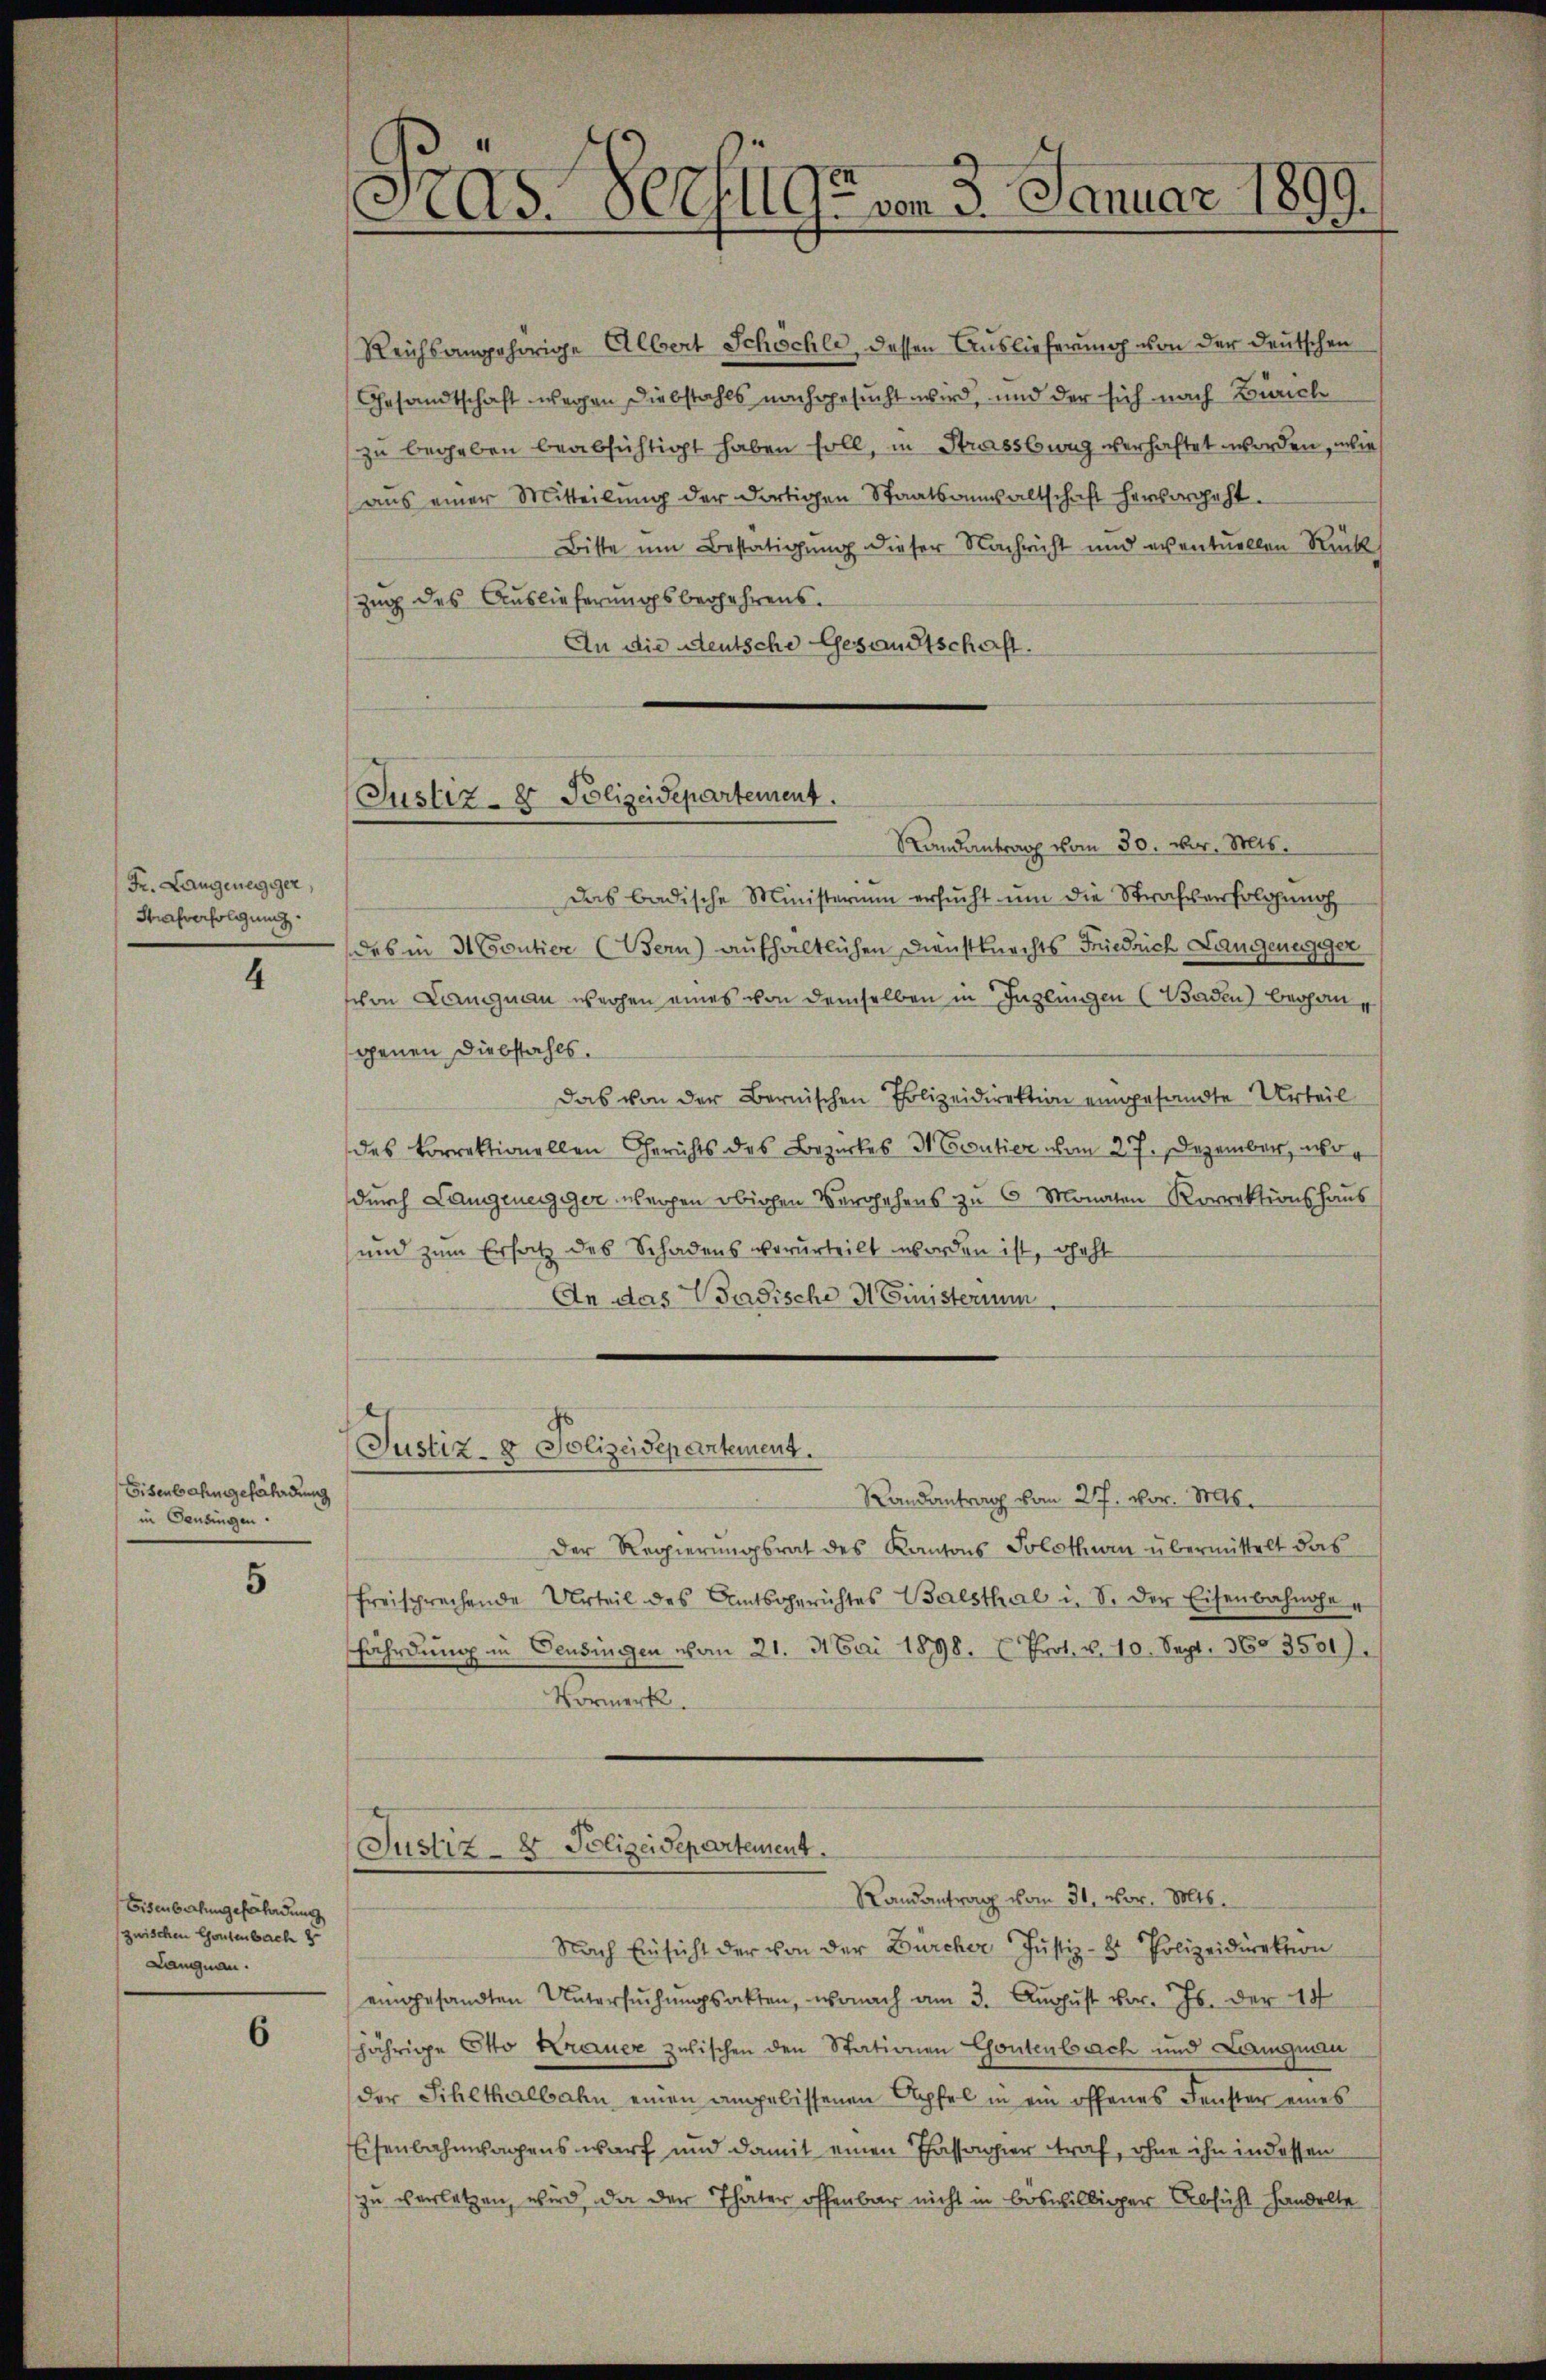
Fr. Langenegger,
Strafverfolgung

4

Eisenbahngefährdung
in Pensingen.

5

Bisenbachungefährdung
zwischen Consenbach zu
Langnau.

6

Reichsangehörige Albert Schöchli, dessen Auslieferung von der Deutschen
Gesandtschaft wegen Diebstahls nachgesucht wird, und der sich nach Zürich
zu begeben beabsichtigt haben soll, in Strassburg verhaftet worden, wie
ans einer Mitteilung der dortigen Staatsanwaltschaft hervorgeht.
Bitte um Bestätigung dieser Nachricht und eventuellen Rück
Zug des Auslieferungsbegehrens.
An die Deutsche Gesandtschaft.

As. Seelge vom 3. Januar 1899.

Justiz- & Polizeidepartement.

Justiz- & Polizeidepartement.

Randantrag vom 30. vor. Mts.
Das badische Ministerium ersucht um die Strafverfolgung
des in 3 Coutier (Bern) aufhaltlichen Dienstknechts Friedrich Langenegger
schon Langnau werden eines von demselben in Inglungen (Baden) begangenen Diebstahls.
Das von der Bernischen Polizeidirektion eingesandte Urteil
des Vorrektionellen Gerichts des Bezirkes 3 Coutier vom 27. Dezember, wodurch Langeneiger übergen obigen Vergehens zu 6 Monaten Korrektionshaus
und zum Ersatz des Schadens verurteilt worden ist, geht
An das Wadische Ministerium,

Justiz- & Polizeidepartement.
Randantrag vom 31. vor. Mts.

Nach Einsicht der von der Bürcher Justiz- & Polizeidirektion
eingesandten Untersŭchŭngsakten, wonach am 3. Aŭgŭst vor. Js. der 18
jährige Otto Krauer zwischen den Stationen Gontenbach und Langmann
der Schethalbahn einen angelissenen Äpfel in ein offenes Fenster eines
Eisenbahnwagens warf und damit einen Passagier traf, ohne ihn in dessen
zu verletzen, wird, da der Thäter offenbar nicht in böswilliger Absicht handelte

Randantrag vom 27. vor. 816.
Der Regierungsrat des Kantons Solothurn übermittelt das
freisprechende Urteil des Amtsgerichtes Balsthal i. S. der Eisenbahnahe
fährdung in Pensingen vom 21. Mai 1898. Prot. v. 10. Sept. 360. 3501).
Vormerk.